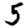
Digit: 5